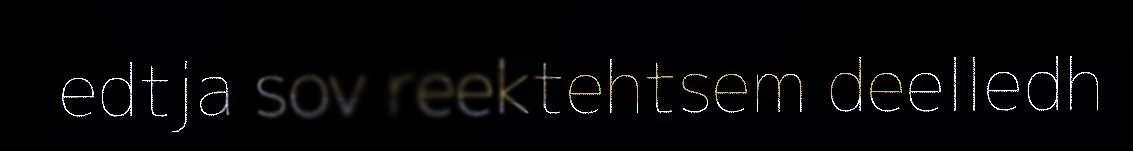
edtja sov reektehtsem deelledh